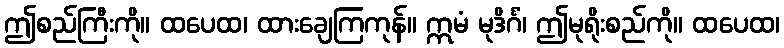
ဤစည်ကြီးကို။ ထပေထ၊ ထားချေကြကုန်။ ဣမံ မုဒိင်္ဂံ၊ ဤမုရိုးစည်ကို။ ထပေထ၊